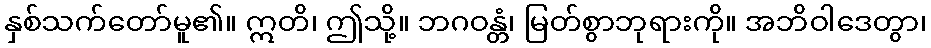
နှစ်သက်တော်မူ၏။ ဣတိ၊ ဤသို့။ ဘဂဝန္တံ၊ မြတ်စွာဘုရားကို။ အဘိဝါဒေတွာ၊